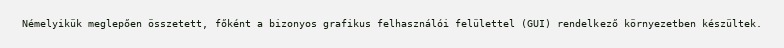
Némelyikük meglepően összetett, főként a bizonyos grafikus felhasználói felülettel (GUI) rendelkező környezetben készültek.